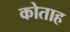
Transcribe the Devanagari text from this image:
कोताह